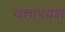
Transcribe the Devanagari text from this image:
यशापयश